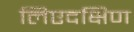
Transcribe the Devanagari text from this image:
लिएदक्षिण